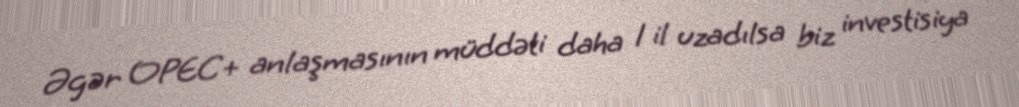
Əgər OPEC+ anlaşmasının müddəti daha 1 il uzadılsa biz investisiya